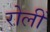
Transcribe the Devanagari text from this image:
रोलीं